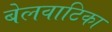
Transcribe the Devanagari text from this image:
बेलवाटिका